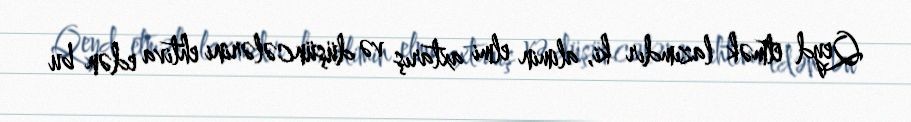
Qeyd etmək lazımdır ki, alimin elmi axtarış və düşüncələrini ehtiva edən bu